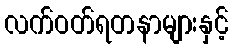
လက်ဝတ်ရတနာများနှင့်